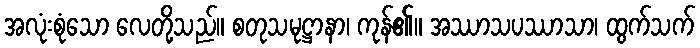
အလုံးစုံသော လေတို့သည်။ စတုသမုဋ္ဌာနာ၊ ကုန်၏။ အဿာသပဿာသာ၊ ထွက်သက်